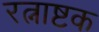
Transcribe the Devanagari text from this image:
रत्नाष्टक